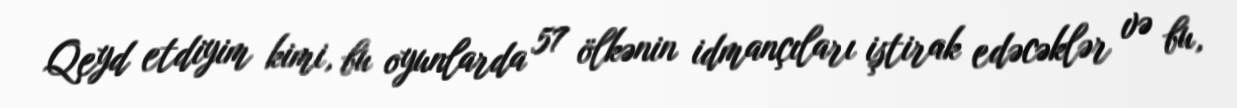
Qeyd etdiyim kimi, bu oyunlarda 57 ölkənin idmançıları iştirak edəcəklər və bu,